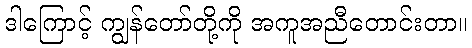
ဒါကြောင့် ကျွန်တော်တို့ကို အကူအညီတောင်းတာ။